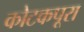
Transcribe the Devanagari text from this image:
कोटकपूरा